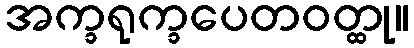
အက္ခရုက္ခပေတဝတ္ထု။